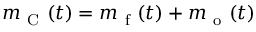
m _ { \mathrm { ~ C ~ } } ( t ) = m _ { \mathrm { ~ f ~ } } ( t ) + m _ { \mathrm { ~ o ~ } } ( t )